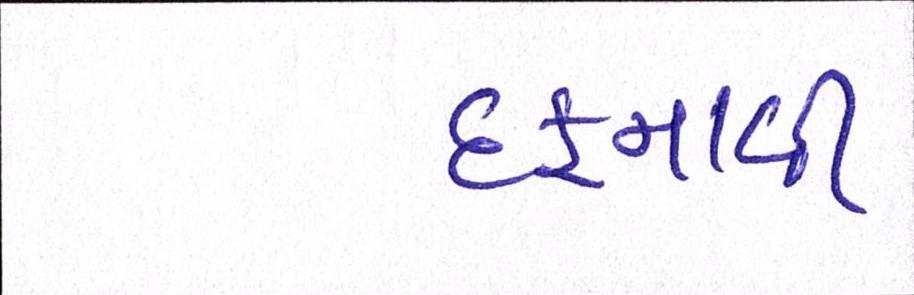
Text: દફનાવી